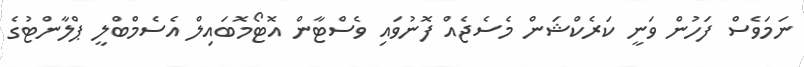
ނަމަވެސް ފަހުން ވަނީ ކަރެކްޝަން މެސެޖެއް ފޮނުވައި ވެސްޓާން އޮޓޯމޮބައިލް އެސެމްބްލީ ޕްލާންޓުގެ